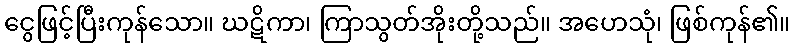
ငွေဖြင့်ပြီးကုန်သော။ ဃဋိကာ၊ ကြာသွတ်အိုးတို့သည်။ အဟေသုံ၊ ဖြစ်ကုန်၏။